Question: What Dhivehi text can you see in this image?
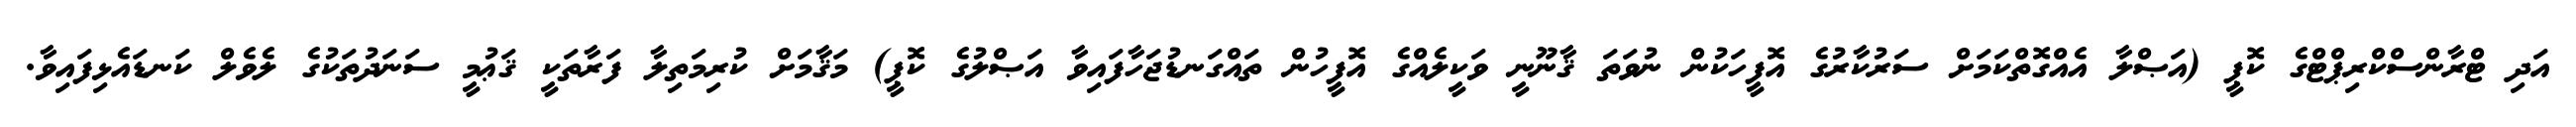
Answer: އަދި ޓްރާންސްކްރިޕްޓްގެ ކޮޕީ (އަޞްލާ އެއްގޮތްކަމަށް ސަރުކާރުގެ އޮފީހަކުން ނުވަތަ ޤާނޫނީ ވަކީލެއްގެ އޮފީހުން ތައްގަނޑުޖަހާފައިވާ އަޞްލުގެ ކޮޕީ) މަޤާމަށް ކުރިމަތިލާ ފަރާތަކީ ޤަޢުމީ ސަނަދުތަކުގެ ލެވެލް ކަނޑައެޅިފައިވާ.